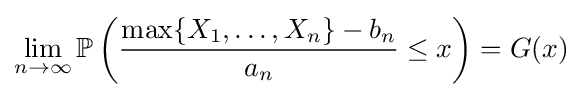
\lim _{n\to \infty }\mathbb {P} \left({\frac {\max\{X_{1},\dots ,X_{n}\}-b_{n}}{a_{n}}}\leq x\right)=G(x)